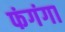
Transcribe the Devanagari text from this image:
फंगंगा